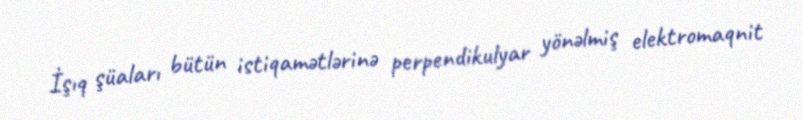
İşıq şüaları bütün istiqamətlərinə perpendikulyar yönəlmiş elektromaqnit